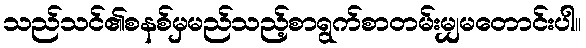
သည်သင်၏စနစ်မှမည်သည့်စာရွက်စာတမ်းမျှမတောင်းပါ။